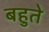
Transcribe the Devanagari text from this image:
बहुते